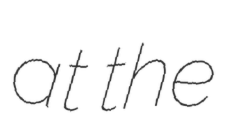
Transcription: at the